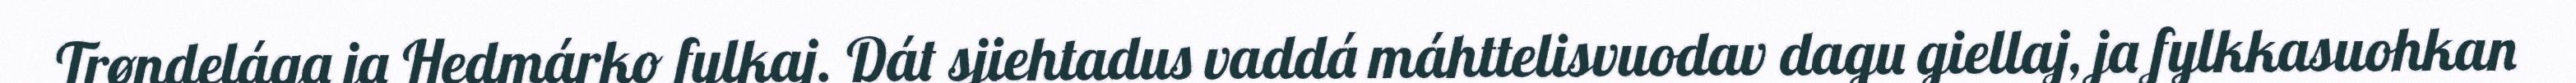
Trøndelága ja Hedmárko fylkaj. Dát sjiehtadus vaddá máhttelisvuodav dagu giellaj, ja fylkkasuohkan